Report on the bubonic plague in Bombay, 1896-1897
Year: 1896
Disease focus: Plague
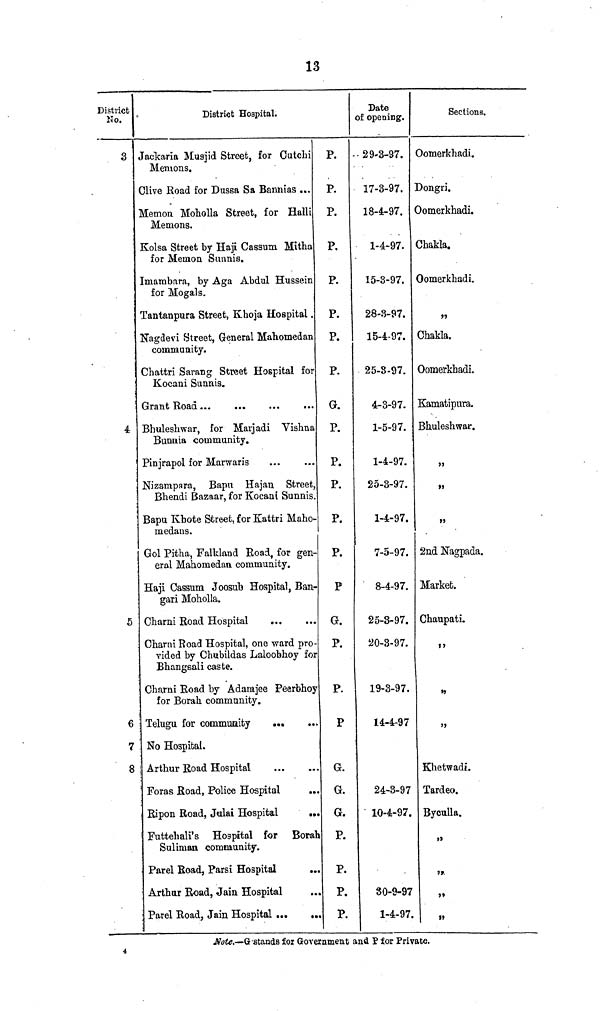
13
District
No.
3
4
5
6
7
8
District Hospital.
Jackaria Musjid Street, for Cutchi
Menions.
Clive Road for Dussa Sa Bannias ...
Memon. Moholla Street, for Halli
Memons.
Kolsa Street by Haji Cassum Mitha
for Memon Sunnis.
Imambara, by Aga Abdul Hussein
for Mogals.
Tantanpura Street, Khoja Hospital.
Nagdevi Street, General Mahomedan
community.
Chattri Sarang Street Hospital for
Kocani Sunnis.
Grant Road ... ... ... ...
Bhuleshwar, for Marjadi Vishna
Bunnia community.
Pinjrapol for Marwaris
Nizampara, Bapu Hajan Street,
Bhendi Bazaar, for Kocani Sunnis
Bapu Khote Street, for Kattri Maho-
medans.
Gol Pitha, Falkland Road, for gen-
eral Mahomedan community.
Haji Cassum Joosub Hospital, Ban-
gari Moholla.
Charni Road Hospital ... ...
Charni Road Hospital, one ward pro-
vided by Chubildas Laloobhoy for
Bhangsali caste.
Charni Road by Adamjee Peerbhoy
for Borah, community.
Telugu for commuaity ... ...
. No Hospital.
Arthur Road Hospital ... ...
Foras Road, Police Hospital ...
Ripon Road, Julai Hospital
...
Futtehali's Hospital for Borah
Suliman community.
Parel Road, Parsi Hospital ...
Arthur Road, Jain Hospital ...
Parel Road, Jain Hospital ...
...
P.
P.
P.
P.
P.
P.
P.
P.
G.
P.
P.
P.
P.
P.
P
G.
P.
P.
P
G.
G.
G.
P.
P.
P.
P.
Date
of opening.
29-3-97.
17-3-97.
18-4-97.
1-4-97.
15-3-97.
28-3-97.
15-4-97.
25-3-97.
4-3-97.
1-5-97.
1-4-97.
25-3-97.
1-4-97.
7-5-97.
8-4-97.
25-3-97.
20-3-97.
19-3-97.
14-4-97
24-3-97
10-4-97.
30-9-97
1-4-97.
Sections.
Oomerkhadi.
Dongri.
Oomerkhadi.
Chakla.
Oomerkhadi.
"
Chakla.
Oomerkhadi.
Kamatipura.
Bhuleshwar.
"
"
"
2nd Nagpada.
Market.
Chaupati.
"
"
"
Khetwadi.
Tardeo.
Byculla.
"
"
"
"
Note.—G. stands for Government and P for Private.
4